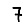
Digit: 7